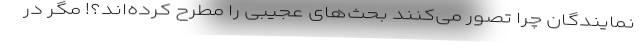
نمایندگان چرا تصور می‌کنند بحث‌های عجیبی را مطرح کرده‌اند؟! مگر در